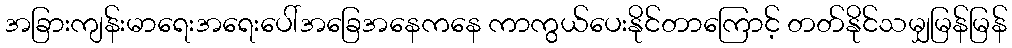
အခြားကျန်းမာရေးအရေးပေါ်အခြေအနေကနေ ကာကွယ်ပေးနိုင်တာကြောင့် တတ်နိုင်သမျှမြန်မြန်